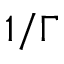
1 / \Gamma